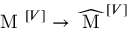
\mathrm { ~ M ~ } ^ { \left[ V \right] } \rightarrow \widehat { \mathrm { ~ M ~ } } ^ { \left[ V \right] }